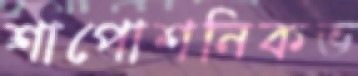
শাপোশনিকভ